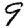
Digit: 9